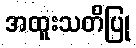
အထူးသတိပြု